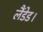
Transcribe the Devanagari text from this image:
लैंडेड।